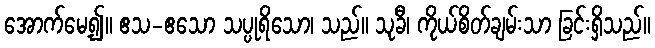
အောက်မေ့၍။ ဧသ-ဧသော သပ္ပုရိသော၊ သည်။ သုခီ၊ ကိုယ်စိတ်ချမ်းသာ ခြင်းရှိသည်။